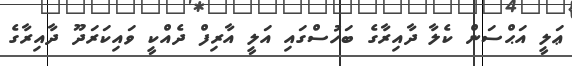
ޢަލީ އަޙްސަން ކެލާ ދާއިރާގެ ބަހުސްގައި އަލީ އާރިފް ދެއްކީ ވައިކަރަދޫ ދާއިރާގެ